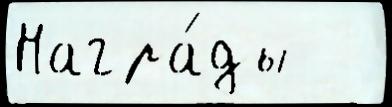
Награ́ды